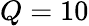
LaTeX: Q=10